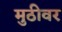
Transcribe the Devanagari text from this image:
मुठीवर